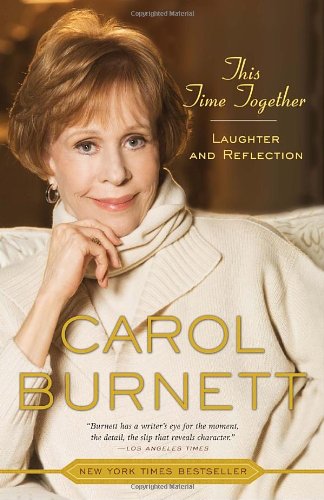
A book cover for This Time Together: Laughter and Reflection; Carol Burnett; Humor & Entertainment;